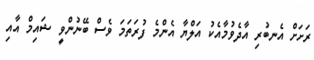
ރަށަށް އެނބުރި އާދެވުމާއެކު އަލްޔާ އެންމެ ފުރަތަމަ ވެސް ބޭނުންވީ ޝައިމް އާއި